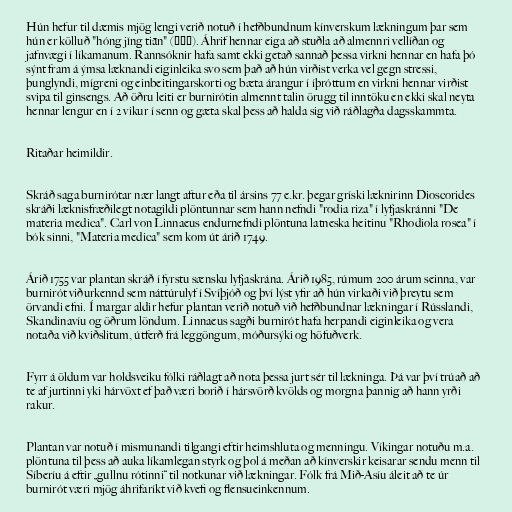
Hún hefur til dæmis mjög lengi verið notuð í hefðbundnum kínverskum lækningum þar sem
hún er kölluð "hóng jǐng tiān" (紅景天). Áhrif hennar eiga að stuðla að almennri vellíðan og
jafnvægi í líkamanum. Rannsóknir hafa samt ekki getað sannað þessa virkni hennar en hafa þó
sýnt fram á ýmsa læknandi eiginleika svo sem það að hún virðist verka vel gegn stressi,
þunglyndi, mígreni og einbeitingarskorti og bæta árangur í íþróttum en virkni hennar virðist
svipa til ginsengs. Að öðru leiti er burnirótin almennt talin örugg til inntöku en ekki skal neyta
hennar lengur en í 2 vikur í senn og gæta skal þess að halda sig við ráðlagða dagsskammta.

Ritaðar heimildir.

Skráð saga burnirótar nær langt aftur eða til ársins 77 e.kr. þegar gríski læknirinn Dioscorides
skráði læknisfræðilegt notagildi plöntunnar sem hann nefndi "rodia riza" í lyfjaskránni "De
materia medica". Carl von Linnaeus endurnefndi plöntuna latneska heitinu "Rhodiola rosea" í
bók sinni, "Materia medica" sem kom út árið 1749.

Árið 1755 var plantan skráð í fyrstu sænsku lyfjaskrána. Árið 1985, rúmum 200 árum seinna, var
burnirót viðurkennd sem náttúrulyf í Svíþjóð og því lýst yfir að hún virkaði við þreytu sem
örvandi efni. Í margar aldir hefur plantan verið notuð við hefðbundnar lækningar í Rússlandi,
Skandinavíu og öðrum löndum. Linnaeus sagði burnirót hafa herpandi eiginleika og vera
notaða við kviðslitum, útferð frá leggöngum, móðursýki og höfuðverk.

Fyrr á öldum var holdsveiku fólki ráðlagt að nota þessa jurt sér til lækninga. Þá var því trúað að
te af jurtinni yki hárvöxt ef það væri borið í hársvörð kvölds og morgna þannig að hann yrði
rakur.

Plantan var notuð í mismunandi tilgangi eftir heimshluta og menningu. Víkingar notuðu m.a.
plöntuna til þess að auka líkamlegan styrk og þol á meðan að kínverskir keisarar sendu menn til
Síberíu á eftir „gullnu rótinni“ til notkunar við lækningar. Fólk frá Mið-Asíu áleit að te úr
burnirót væri mjög áhrifaríkt við kvefi og flensueinkennum.